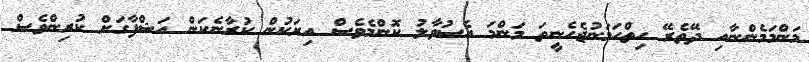
މަންމަމެންނާއި ދޭތެރޭ ހިތްހަމަނުޖެހެނީތަ މަންމަ އެސުވާލު ކޮންމެވެސް އިރަކުން ކުރާނެކަން އަޝްފާގަށް ކުރިންވެސް